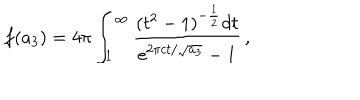
LaTeX: f ( a _ { 3 } ) = 4 \pi \int _ { 1 } ^ { \infty } { \frac { ( t ^ { 2 } - 1 ) ^ { - \frac { 1 } { 2 } } d t } { \mathrm { e } ^ { 2 \pi c t / \sqrt { a _ { 3 } } } - 1 } } \, ,